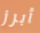
أبرز